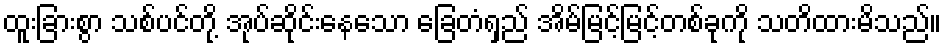
ထူးခြားစွာ သစ်ပင်တို့ အုပ်ဆိုင်းနေသော ခြေတံရှည် အိမ်မြင့်မြင့်တစ်ခုကို သတိထားမိသည်။